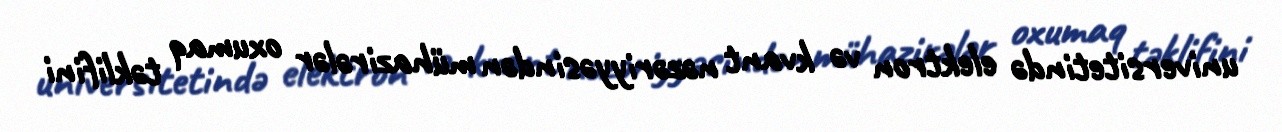
universitetində elektron və kvant nəzəriyyəsindən mühazirələr oxumaq təklifini